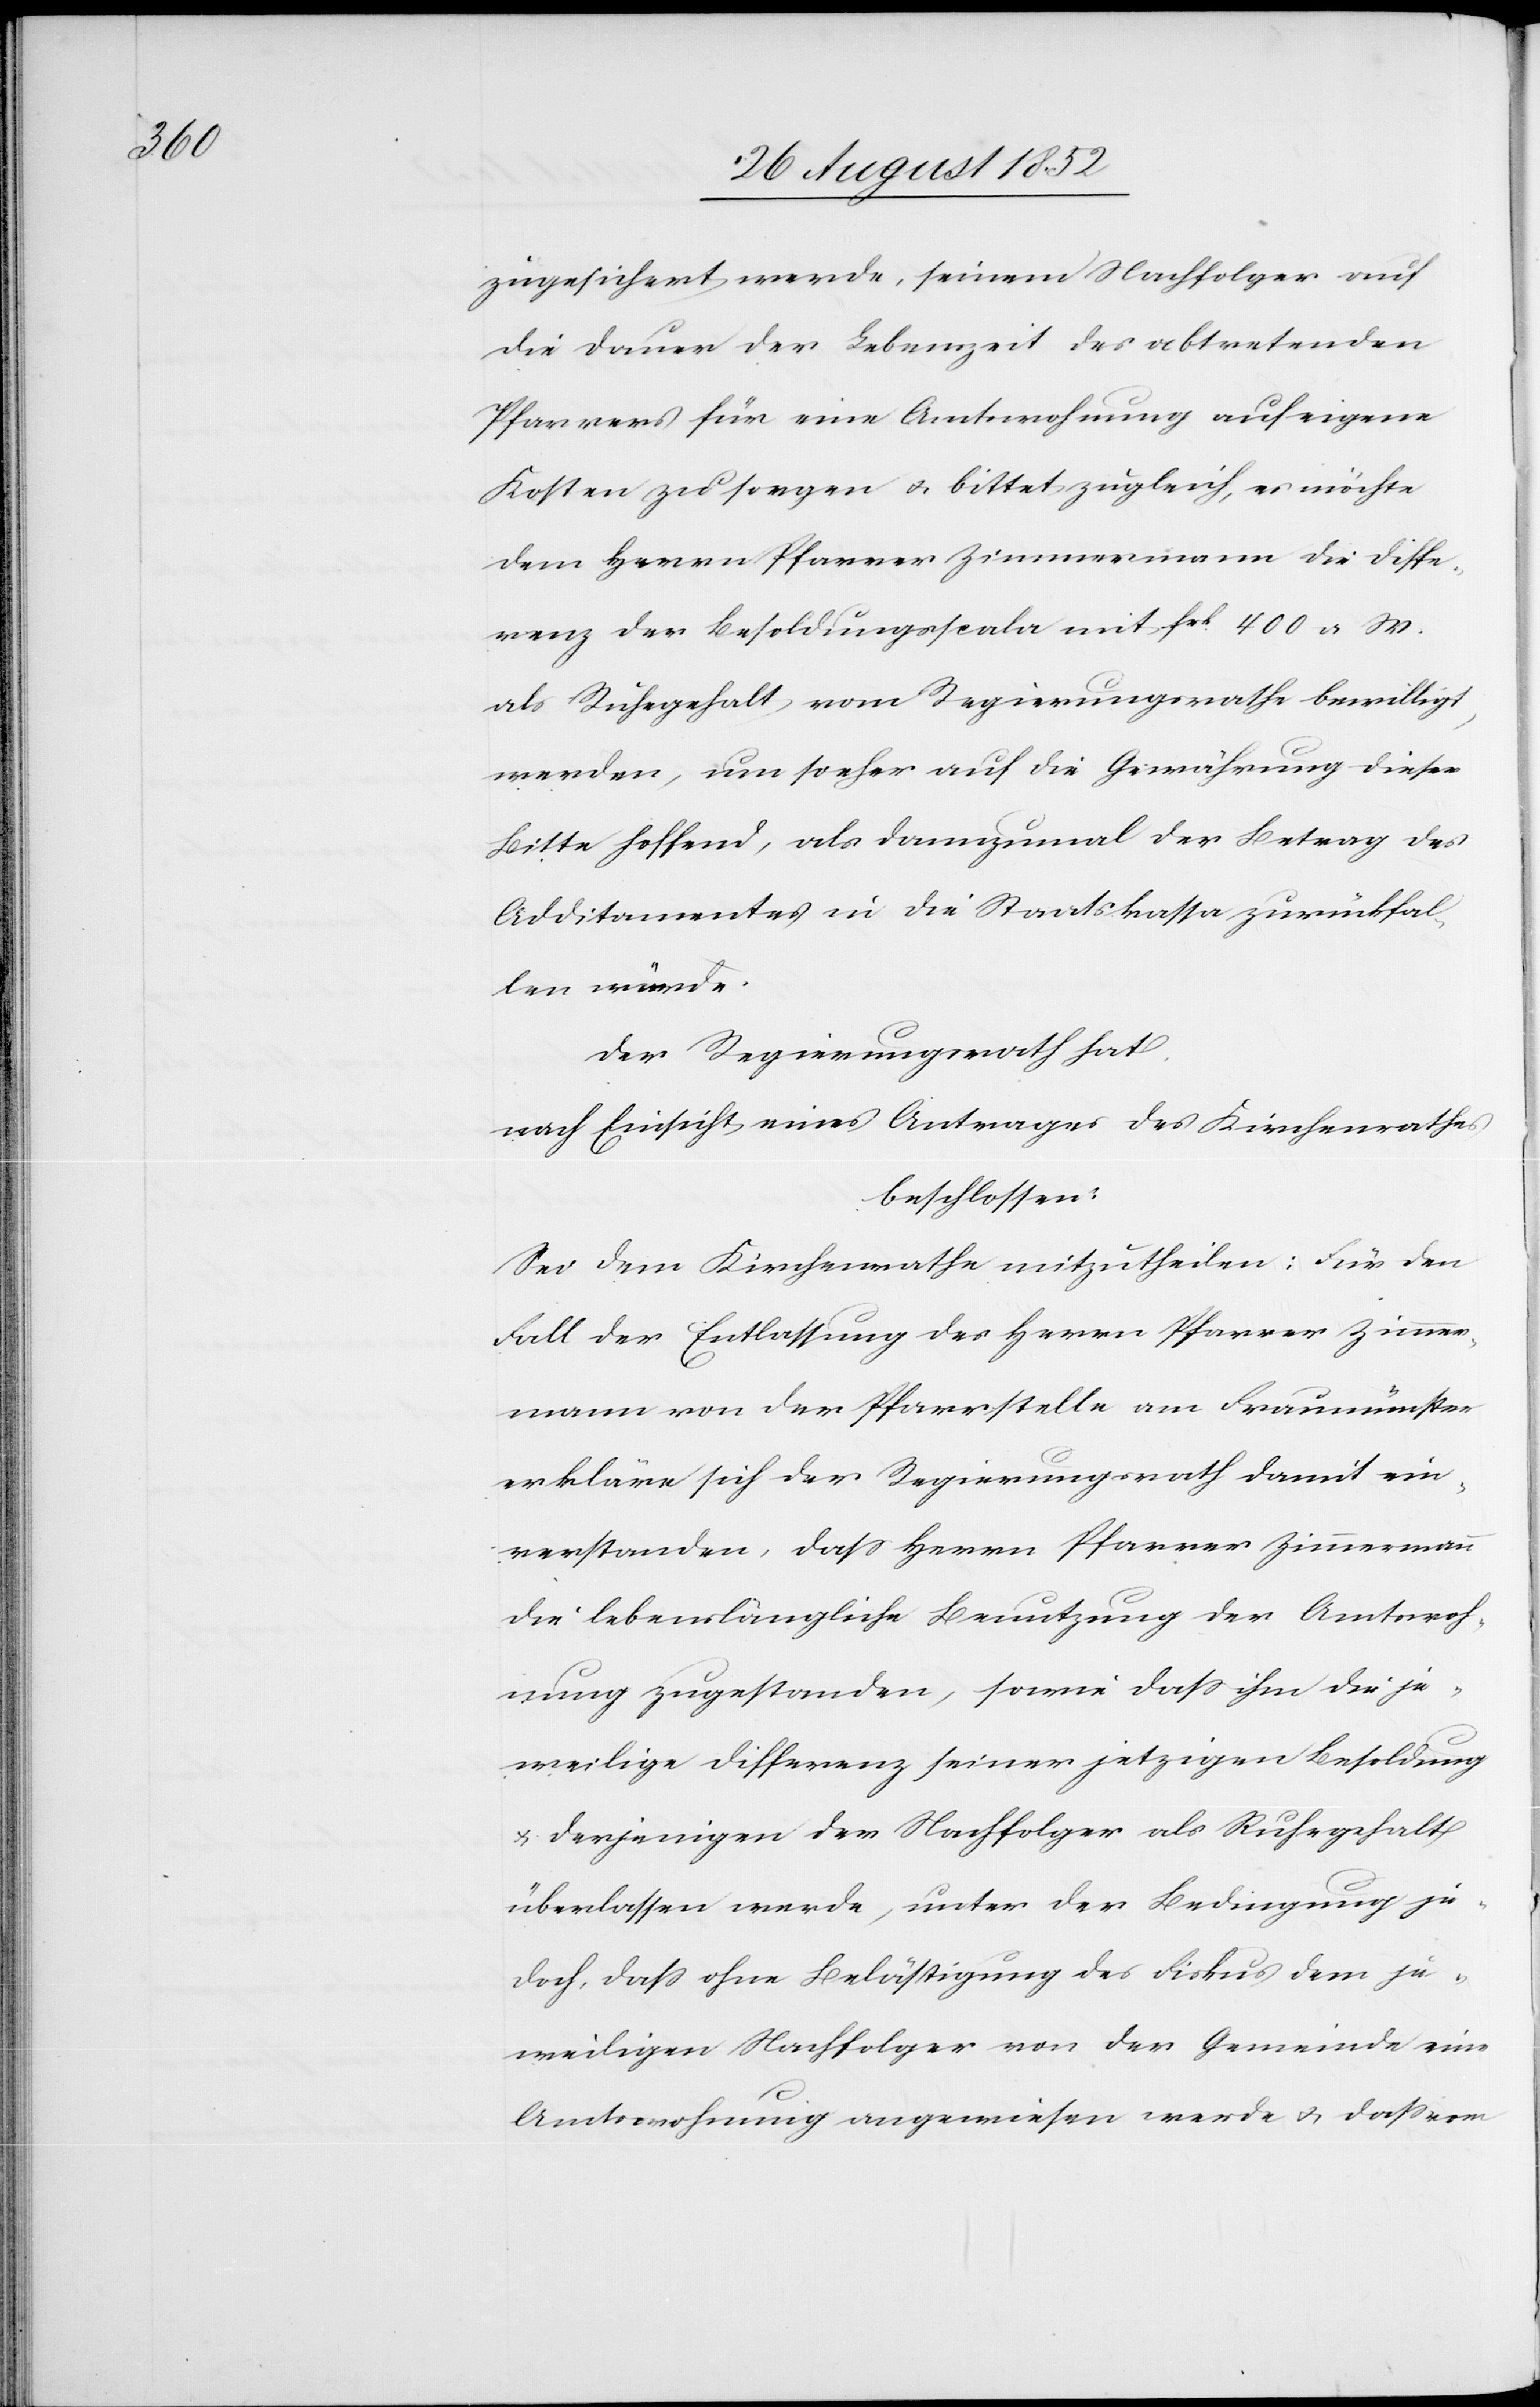
zugesichert werde, seinem Nachfolger auf
die Dauer der Lebenszeit des abtretenden
Pfarrers für eine Amtswohnung auf eigene
Kosten zu sorgen & bittet zugleich, es möchte
dem Herrn Pfarrer Zimmermann die Diffe¬
renz der Besoldungsscala mit frk. 400 a W.
als Ruhegehalt vom Regierungsrathe bewilligt,
werden, um so eher auf die Gewährung dieser
Bitte hoffend, als dannzumal der Betrag des
Additamentes in die Staatskassa zurückfal¬
len würde.
Der Regierungsrath hat,
nach Einsicht eines Antrages des Kirchenrathes
beschlossen:
Sei dem Kirchenrathe mitzutheilen: Für den
Fall der Entlassung des Herrn Pfarrer Zimmer¬
mann von der Pfarrstelle am Fraumünster
erkläre sich der Regierungsrath damit ein¬
verstanden, dass Herrn Pfarrer Zimmermann
die lebenslängliche Benutzung der Amtswoh¬
nung zugestanden, sowie dass ihm die je¬
weilige Differenz seiner jetzigen Besoldung
& derjenigen der Nachfolger als Ruhegehalt
überlassen werde, unter der Bedingung je¬
doch, dass ohne Belästigung des Fiskus dem je¬
weiligen Nachfolger von der Gemeinde eine
Amtswohnung angewiesen werde & dass